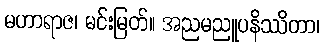
မဟာရာဇ၊ မင်းမြတ်။ အညမညူပနိဿိတာ၊